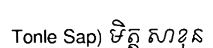
Tonle Sap) មិត្ត សាខុន